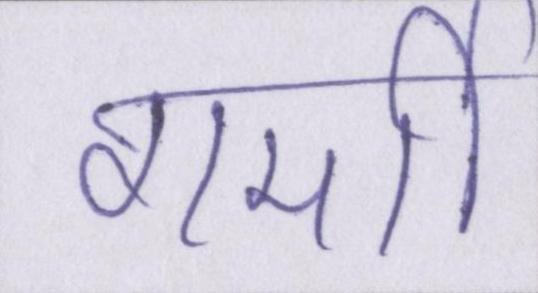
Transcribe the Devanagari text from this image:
गर्मी